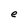
Character: e